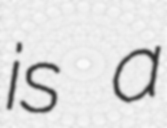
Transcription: is a